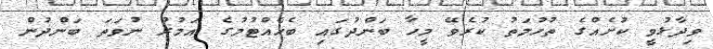
ވިދާޅުވީ ކުށެއްގެ ތުހުމަތު ކުރެވޭ މީހާ ބަންދުގައި ބެހެއްޓުމުގެ އަމުރު ނުވަތަ ބަންދުން